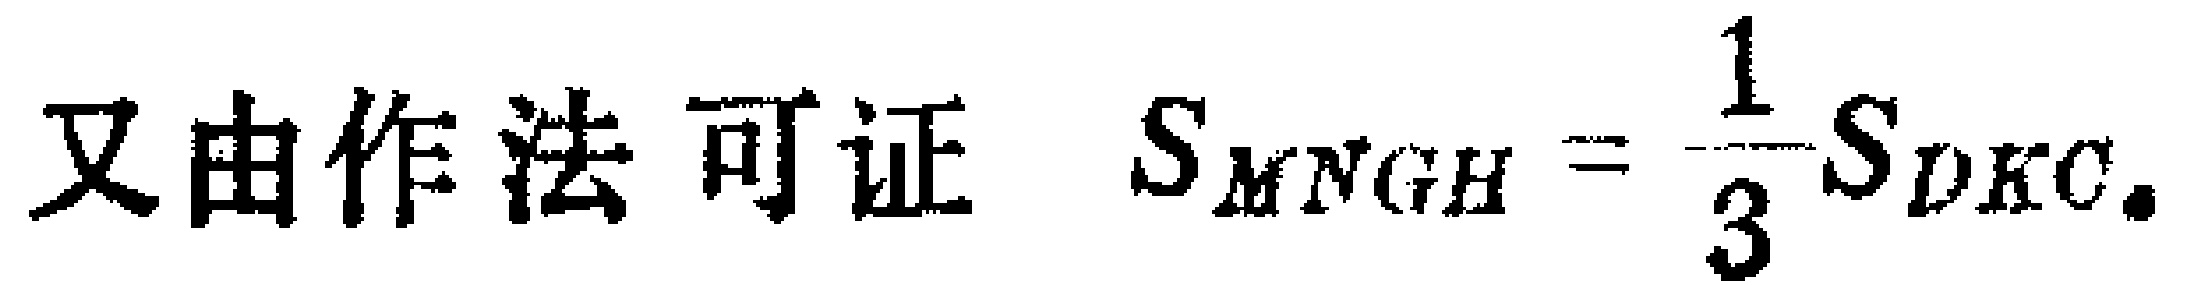
又由作法可证 \(S_{MNGH}=\frac{1}{3}S_{DKC}\).